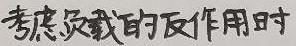
考虑负载的反作用时